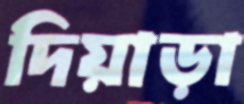
দিয়াড়া